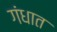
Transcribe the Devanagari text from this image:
गंधात